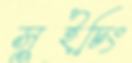
সুইচিং